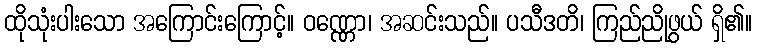
ထိုသုံးပါးသော အကြောင်းကြောင့်။ ဝဏ္ဏော၊ အဆင်းသည်။ ပသီဒတိ၊ ကြည်ညိုဖွယ် ရှိ၏။